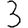
Digit: 3